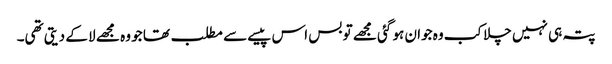
پتہ ہی نہیں چلا کب وہ جوان ہو گئی مجھے تو بس اس پیسے سے مطلب تھا جو وہ مجھے لا کے دیتی تھی۔